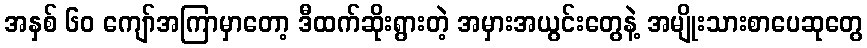
အနှစ် ၆၀ ကျော်အကြာမှာတော့ ဒီထက်ဆိုးရွားတဲ့ အမှားအယွင်းတွေနဲ့ အမျိုးသားစာပေဆုတွေ